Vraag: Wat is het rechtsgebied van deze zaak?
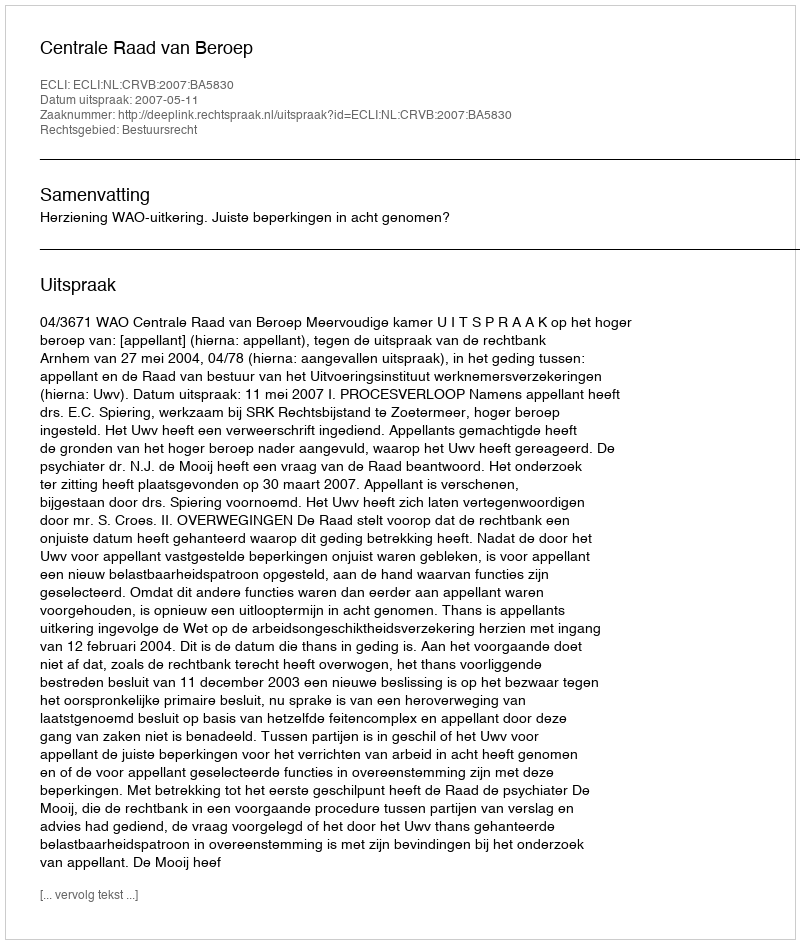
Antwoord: Bestuursrecht